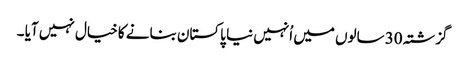
گزشتہ 30 سالوں میں اُنہیں نیا پاکستان بنانے کا خیال نہیں آیا ۔